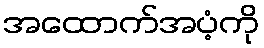
အထောက်အပံ့ကို